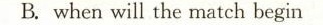
B.whenwill the match begin